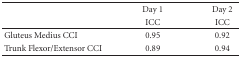
|  | Day 1 | Day 2 |
 |  | ICC | ICC |
 | --- | --- | --- |
 | Gluteus Medius CCI | 0.95 | 0.92 |
 | Trunk Flexor/Extensor CCI | 0.89 | 0.94 |